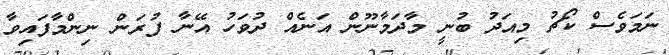
ނަމަވެސް ކޯޗު މިއަދު ބުނީ މާދަމާނޫން އަނެއް ދުވަހު އޭނާ ފުރަން ނިންމާފައިވާ